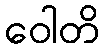
ဝေါတိ